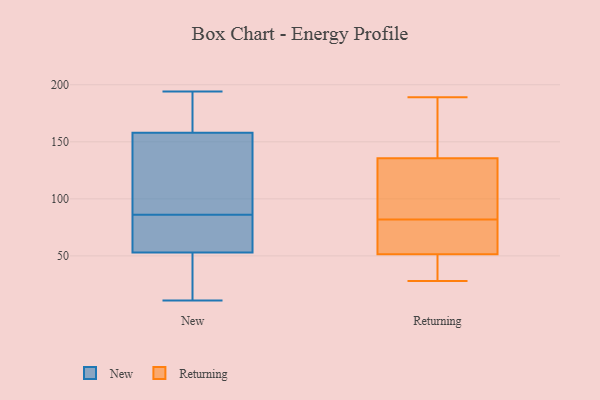
{"axis": {"x": "LTV (USD)", "y": "Value"}, "legend": ["New", "Returning"], "data": [{"x": "", "y": 72, "type": "New"}, {"x": "", "y": 191, "type": "New"}, {"x": "", "y": 88, "type": "New"}, {"x": "", "y": 170, "type": "New"}, {"x": "", "y": 158, "type": "New"}, {"x": "", "y": 53, "type": "New"}, {"x": "", "y": 11, "type": "New"}, {"x": "", "y": 194, "type": "New"}, {"x": "", "y": 84, "type": "New"}, {"x": "", "y": 139, "type": "New"}, {"x": "", "y": 62, "type": "New"}, {"x": "", "y": 48, "type": "New"}, {"x": "", "y": 33, "type": "New"}, {"x": "", "y": 69, "type": "New"}, {"x": "", "y": 41, "type": "New"}, {"x": "", "y": 115, "type": "New"}, {"x": "", "y": 177, "type": "New"}, {"x": "", "y": 124, "type": "New"}, {"x": "", "y": 63, "type": "Returning"}, {"x": "", "y": 95, "type": "Returning"}, {"x": "", "y": 100, "type": "Returning"}, {"x": "", "y": 147, "type": "Returning"}, {"x": "", "y": 60, "type": "Returning"}, {"x": "", "y": 124, "type": "Returning"}, {"x": "", "y": 117, "type": "Returning"}, {"x": "", "y": 181, "type": "Returning"}, {"x": "", "y": 69, "type": "Returning"}, {"x": "", "y": 149, "type": "Returning"}, {"x": "", "y": 43, "type": "Returning"}, {"x": "", "y": 34, "type": "Returning"}, {"x": "", "y": 28, "type": "Returning"}, {"x": "", "y": 69, "type": "Returning"}, {"x": "", "y": 189, "type": "Returning"}, {"x": "", "y": 40, "type": "Returning"}]}